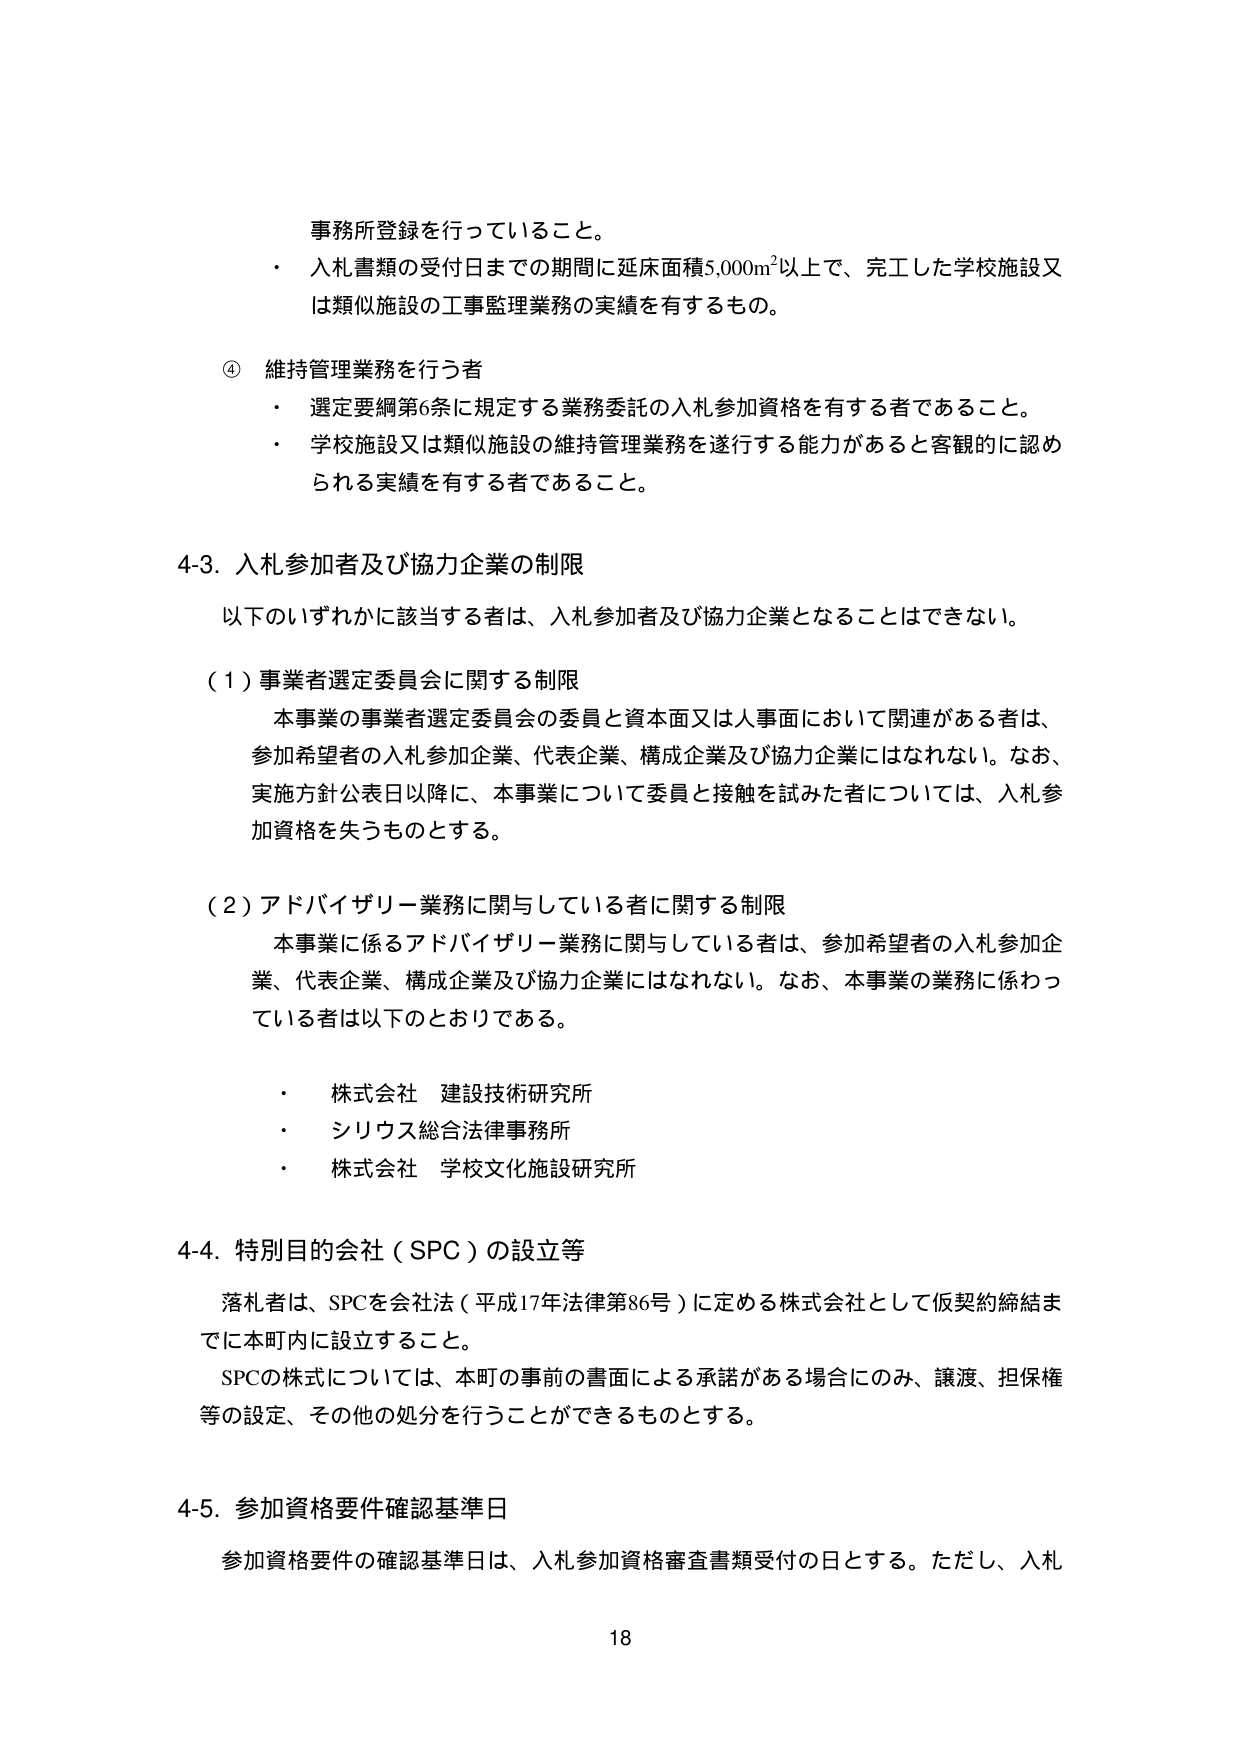
事務所登録を行っていること。
・ 入札書類の受付日までの期間に延床面積5,000m²以上で、完工した学校施設又は類似施設の工事監理業務の実績を有するもの。

④ 維持管理業務を行う者
・ 選定要綱第6条に規定する業務委託の入札参加資格を有する者であること。
・ 学校施設又は類似施設の維持管理業務を遂行する能力があると客観的に認められる実績を有する者であること。

4-3. 入札参加者及び協力企業の制限
以下のいずれかに該当する者は、入札参加者及び協力企業となることはできない。

（1）事業者選定委員会に関する制限
本事業の事業者選定委員会の委員と資本面又は人事面において関連がある者は、参加希望者の入札参加企業、代表企業、構成企業及び協力企業にはなれない。なお、実施方針公表日以降に、本事業について委員と接触を試みた者については、入札参加資格を失うものとする。

（2）アドバイザリー業務に関与している者に関する制限
本事業に係るアドバイザリー業務に関与している者は、参加希望者の入札参加企業、代表企業、構成企業及び協力企業にはなれない。なお、本事業の業務に係わっている者は以下のとおりである。

・ 株式会社 建設技術研究所
・ シリウス総合法律事務所
・ 株式会社 学校文化施設研究所

4-4. 特別目的会社（SPC）の設立等
落札者は、SPCを会社法（平成17年法律第86号）に定める株式会社として仮契約締結までに本町内に設立すること。
SPCの株式については、本町の事前の書面による承諾がある場合にのみ、譲渡、担保権等の設定、その他の処分を行うことができるものとする。

4-5. 参加資格要件確認基準日
参加資格要件の確認基準日は、入札参加資格審査書類受付の日とする。ただし、入札

18